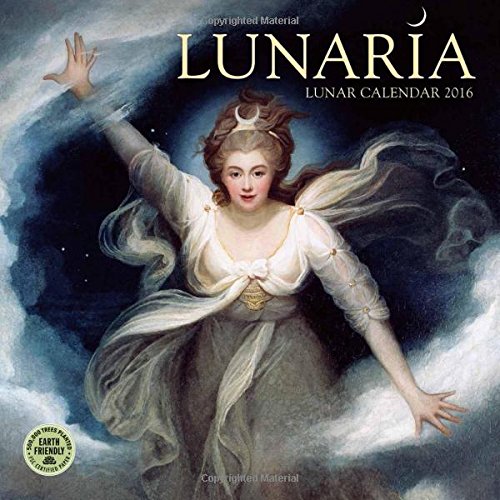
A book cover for Lunaria 2016 Wall Calendar: The Lunar Calendar; Vicki Leppek; Religion & Spirituality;